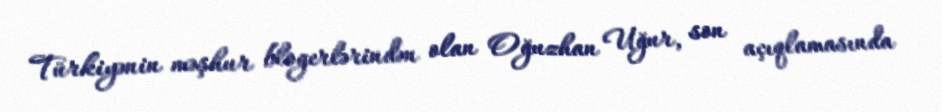
Türkiyənin məşhur blogerlərindən olan Oğuzhan Uğur, son açıqlamasında